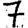
Digit: 7